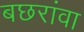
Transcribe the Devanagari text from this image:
बछरांवा